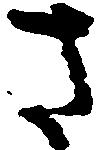
さ